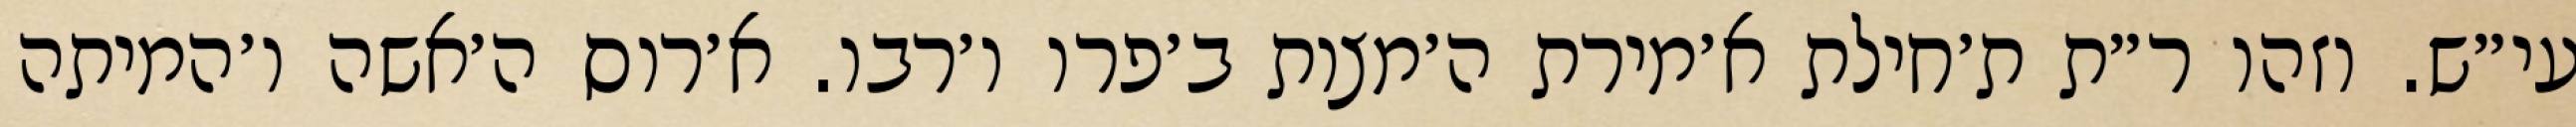
עי״ש. וזהו ר״ת ת׳חילת א׳מירת ה׳מצות ב׳פרו ו׳רבו. א׳רוס ה׳אשה ו׳המיתה